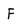
Character: F